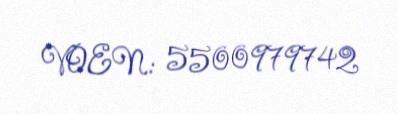
VOEN: 5500979742